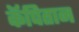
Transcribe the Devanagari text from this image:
कॅपितान